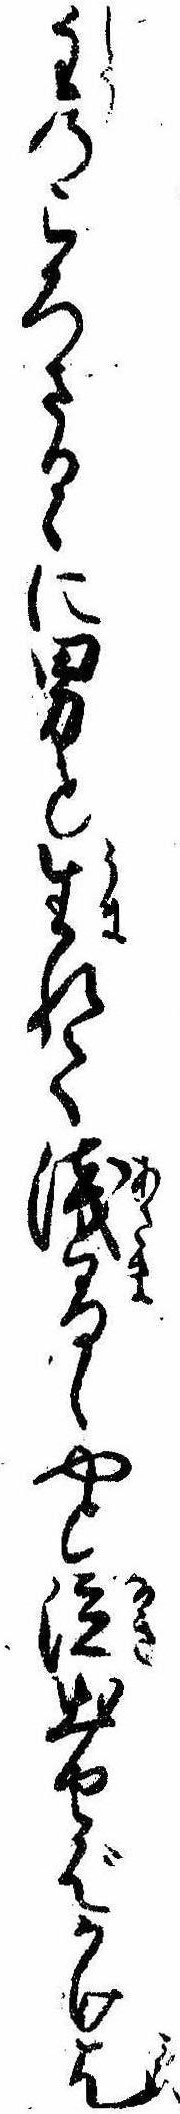
主のころさるゝに男と生れて浅間しやと泣出せばかけ乞